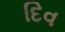
દિવ